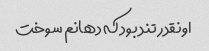
اونقدر تند بود که دهانم سوخت